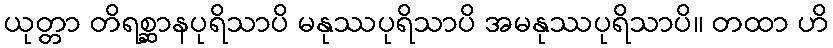
ယုတ္တာ တိရစ္ဆာနပုရိသာပိ မနုဿပုရိသာပိ အမနုဿပုရိသာပိ။ တထာ ဟိ